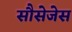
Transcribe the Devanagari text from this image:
सौसेजेस